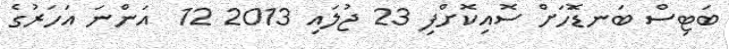
ބަޓިސް ބަނޑޮަހަށް ސޮއިކޮށްފި 23 ޖުލައި 2013 12  އަންނަ އަހަރުގެ